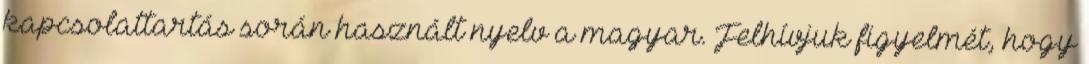
kapcsolattartás során használt nyelv a magyar. Felhívjuk figyelmét, hogy